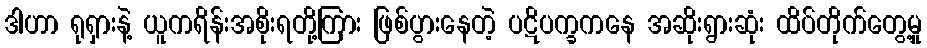
ဒါဟာ ရုရှားနဲ့ ယူကရိန်းအစိုးရတို့ကြား ဖြစ်ပွားနေတဲ့ ပဋိပက္ခကနေ အဆိုးရွားဆုံး ထိပ်တိုက်တွေ့မှု